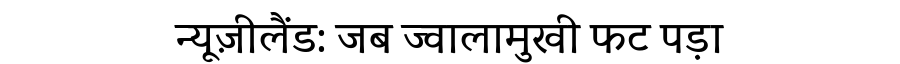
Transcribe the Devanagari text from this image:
न्यूज़ीलैंड: जब ज्वालामुखी फट पड़ा